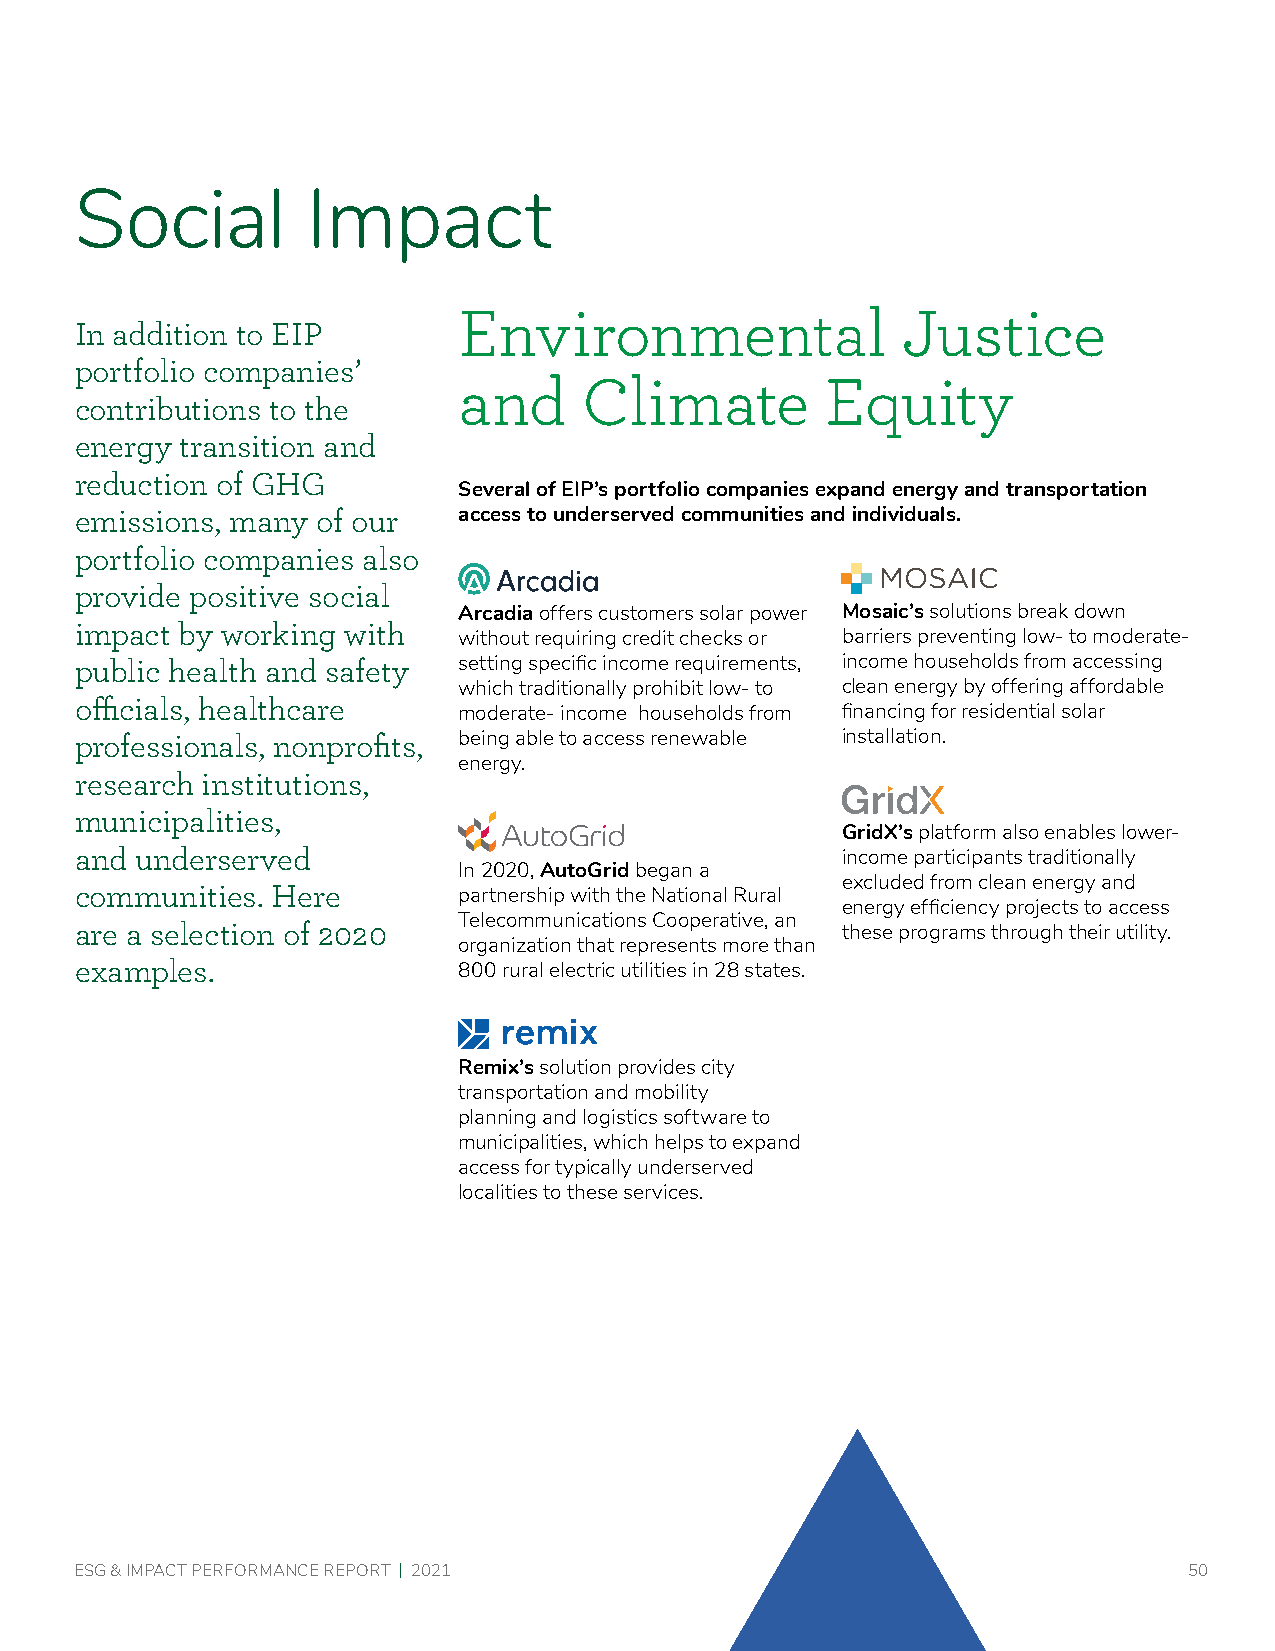
Social         Impact
 Environmental                 Justice
 In addition to EIP
 portfolio companies’
 and      Climate         Equity
 contributions to the
 energy transition and
 reduction of GHG
 Several of EIP’s portfolio companies expand energy and transportation
 emissions, many of our   access to underserved communities and individuals.
 portfolio companies also
 provide positive social
 Arcadia offers customers solar power Mosaic’s solutions break down
 impact by working with
 without requiring credit checks or barriers preventing low- to moderate-
 public health and safety setting specific income requirements, income households from accessing
 which traditionally prohibit low- to clean energy by offering affordable
 officials, healthcare
 moderate- income households from financing for residential solar
 professionals, nonprofits, being able to access renewable installation.
 energy.
 research institutions,
 municipalities,
 GridX’s platform also enables lower-
 and underserved                                    income participants traditionally
 In 2020, AutoGrid began a
 excluded from clean energy and
 communities. Here        partnership with the National Rural
 energy efficiency projects to access
 Telecommunications Cooperative, an
 are a selection of 2020                            these programs through their utility.
 organization that represents more than
 examples.                800 rural electric utilities in 28 states.
 Remix’s solution provides city
 transportation and mobility
 planning and logistics software to
 municipalities, which helps to expand
 access for typically underserved
 localities to these services.
 ESG & IMPACT PERFORMANCE REPORT | 2021                                    50